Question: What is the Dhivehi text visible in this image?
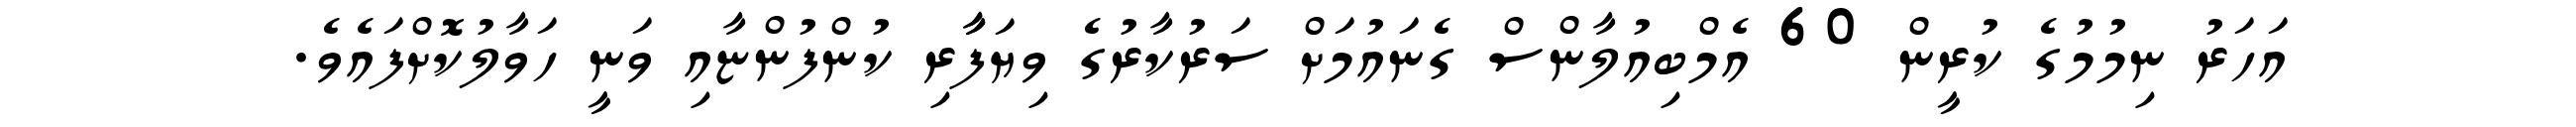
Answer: އަހަރު ނިމުމުގެ ކުރީން 60 އެމްބިއުލާންސް ގެނައުމަށް ސަރުކާރުގެ ވިޔަފާާރި ކުންފުންޏާއި ވަނީ ހަވާލުކޮށްފައެވެ.